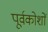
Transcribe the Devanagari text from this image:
पूर्वकोशों